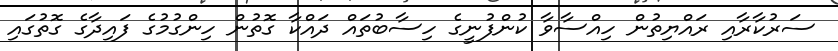
ސަރުކާރާއި ރައްޔިތުން ހިއްސާވާ ކުންފުނީގެ ހިސާބުތައް ދައްކާ ގޮތުން ހިންގުމުގެ ފައިދާގެ ގޮތުގައި